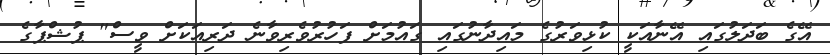
އޭގެ ބަދަލުގައި އޭނާއަކީ ކުޅިވަރުގެ މައިދާނުގައި ގައުމަށް ފަހުރުވެރިވާނެ ދަރިއަކަށް ވީސް" ޕުޝްޕާގެ